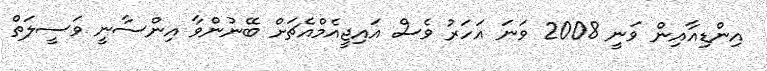
އިންޑިއާއިން ވަނީ 2008 ވަނަ އަހަރު ވެސް އައިޖީއެމްއެޗަށް ބޭނުންވާ އިންސާނީ ވަސީލަތް